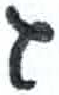
אות: ג